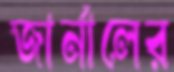
জার্নালের